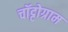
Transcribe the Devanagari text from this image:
चॉट्टोग्राम